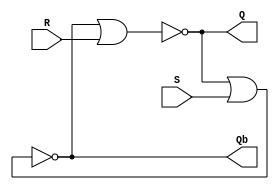
module Lab3_SR_Latch_gatelevel(input S,R, output Q,Qb);
    nor #(10) no1(Q,Qb,R);
    nor #(10) no2(Qb,Q,S);
endmodule